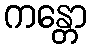
ကန္တော